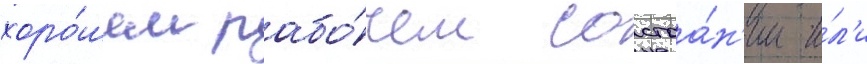
хоро́шем рабо́чем состоа́н'ии и́л'и